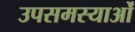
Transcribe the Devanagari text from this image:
उपसमस्याओं